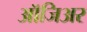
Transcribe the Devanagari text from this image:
ऑजिअर